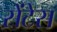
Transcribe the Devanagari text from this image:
सेंटेस